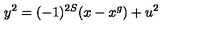
y ^ { 2 } = ( - 1 ) ^ { 2 S } ( x - x ^ { g } ) + u ^ { 2 }